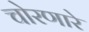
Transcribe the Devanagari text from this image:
चोरणारे